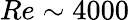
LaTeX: Re\sim 4000